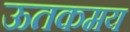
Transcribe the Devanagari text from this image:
ऊतकमय